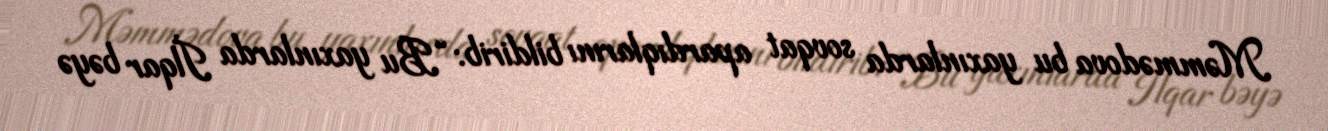
Məmmədova bu yaxınlarda sovqat apardıqlarını bildirib: “Bu yaxınlarda İlqar bəyə